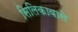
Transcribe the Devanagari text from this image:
सिलिकावाले